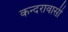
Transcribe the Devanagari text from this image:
कन्दरावासी